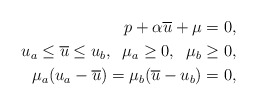
\begin{align*}p+\alpha \overline{u}+\mu=0, \\u_{a}\le \overline{u} \le u_{b}, \;\; \mu_{a}\ge 0, \;\;\mu_{b}\ge 0, \\\mu_{a}(u_{a}-\overline{u})=\mu_{b}(\overline{u}-u_{b})=0, \end{align*}